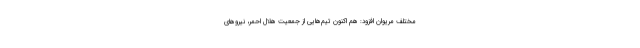
مختلف مریوان افزود: هم اکنون تیم‌هایی از جمعیت هلال احمر، نیروهای